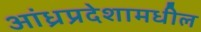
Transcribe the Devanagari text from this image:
आंध्रप्रदेशामधील